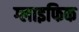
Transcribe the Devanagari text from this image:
ग्लाइफिक